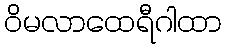
ဝိမလာထေရီဂါထာ